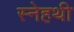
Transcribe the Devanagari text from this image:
स्नेहथी